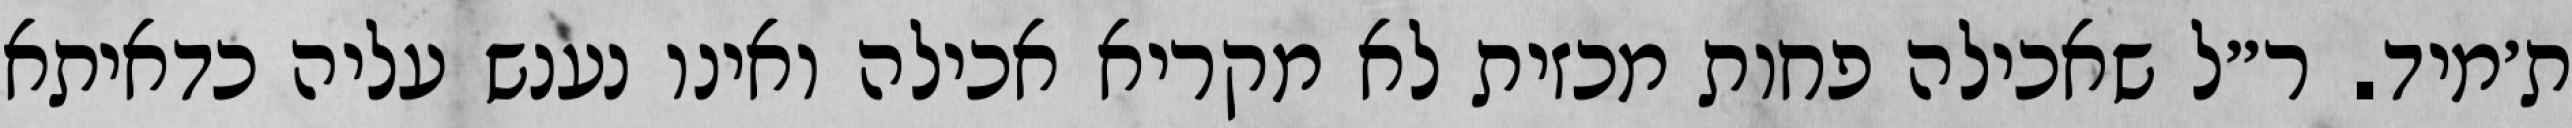
ת׳מיד. ר״ל שאכילה פחות מכזית לא מקריא אכילה ואינו נענש עליה כדאיתא